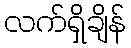
လက်ရှိချိန်